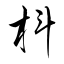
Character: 枓